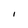
Character: I